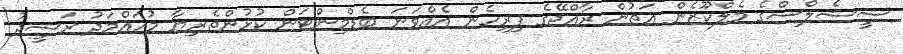
ޝީޝެލްސްގެ މެލްކޫޒެން އަތުން ރާއްޖޭގެ ފިރިހެން އެއްވަނަ ބެޑްމިންޓަން ކުޅުންތެރިޔާ މުހައްމަދު ރަޝީދު